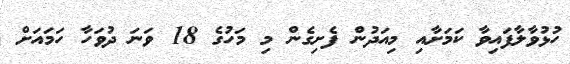
ހުޅުވާލާފައިވާ ކަމަށާއި މިއަދުން ފެށިގެން މި މަހުގެ 18 ވަނަ ދުވަހާ ހަމައަށް